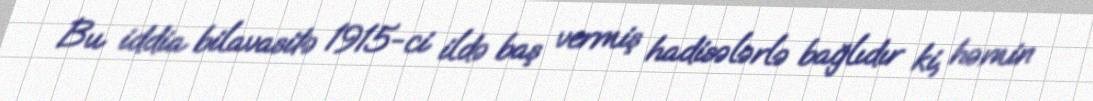
Bu iddia bilavasitə 1915-ci ildə baş vermiş hadisələrlə bağlıdır ki, həmin